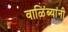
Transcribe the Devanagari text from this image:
वाळिंब्यांनी